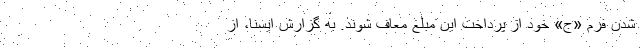
شدن فرم «ج» خود از پرداخت این مبلغ معاف شوند. به گزارش ایسنا، از